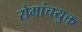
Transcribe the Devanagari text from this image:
रोमांचयुक्त